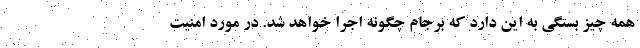
همه چیز بستگی به این دارد که برجام چگونه اجرا خواهد شد. در مورد امنیت